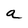
Character: a